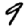
Digit: 9